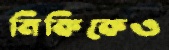
মিকিকেও